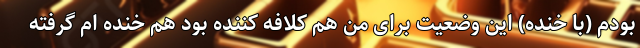
بودم (با خنده) این وضعیت برای من هم کلافه کننده بود هم خنده ام گرفته